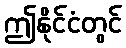
ဤနိုင်ငံတွင်